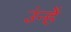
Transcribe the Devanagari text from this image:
उंन्हें